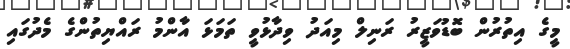
މީގެ އިތުރުން ބޮޑުވަޒީރު ރަނިލް މިއަދު ވިދާޅުވީ ތަމަޅަ އާންމު ރައްޔިތުންގެ މެދުގައި